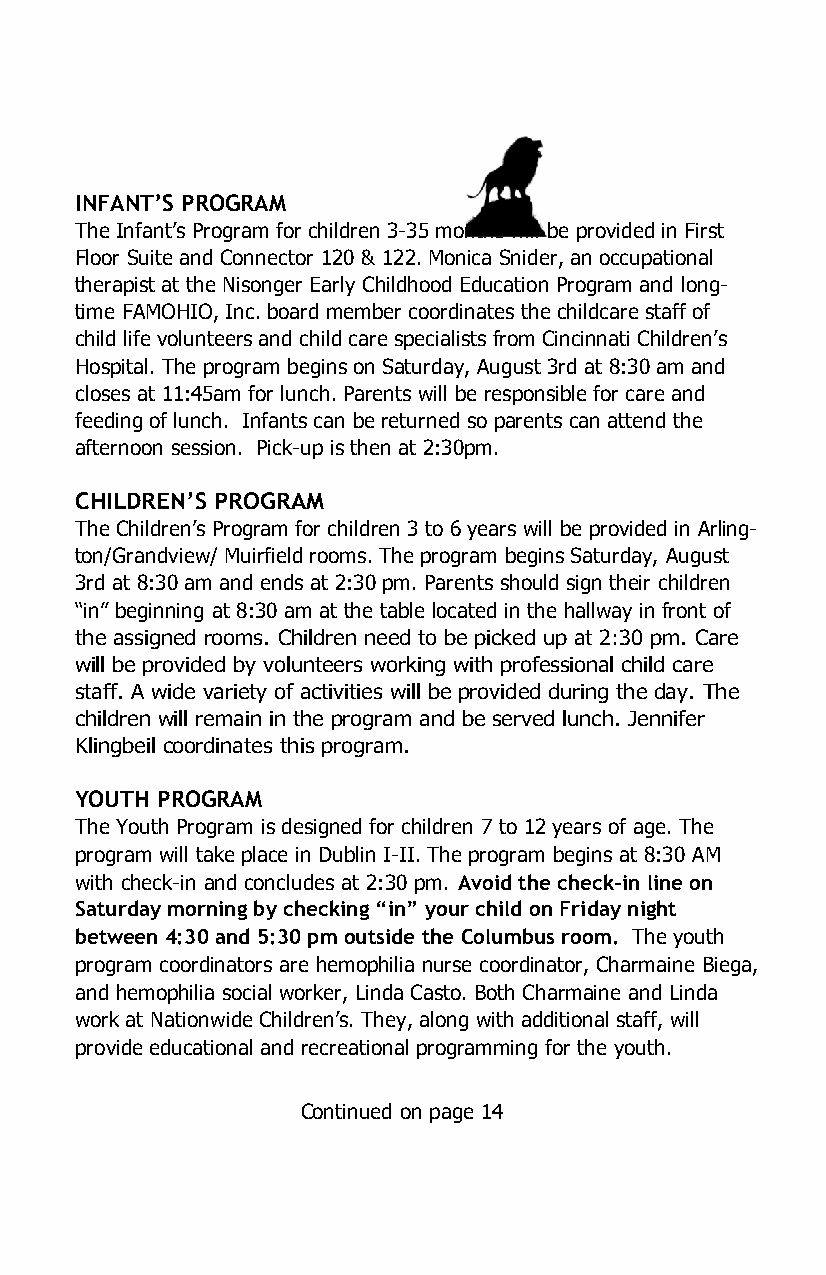
INFANT’S PROGRAM
 The Infant’s Program for children 3-35 months will be provided in First
 Floor Suite and Connector 120 & 122. Monica Snider, an occupational
 therapist at the Nisonger Early Childhood Education Program and long-
 time FAMOHIO, Inc. board member coordinates the childcare staff of
 child life volunteers and child care specialists from Cincinnati Children’s
 Hospital. The program begins on Saturday, August 3rd at 8:30 am and
 closes at 11:45am for lunch. Parents will be responsible for care and
 feeding of lunch. Infants can be returned so parents can attend the
 afternoon session. Pick-up is then at 2:30pm.
 CHILDREN’S PROGRAM
 The Children’s Program for children 3 to 6 years will be provided in Arling-
 ton/Grandview/ Muirfield rooms. The program begins Saturday, August
 3rd at 8:30 am and ends at 2:30 pm. Parents should sign their children
 “in” beginning at 8:30 am at the table located in the hallway in front of
 the assigned rooms. Children need to be picked up at 2:30 pm. Care
 will be provided by volunteers working with professional child care
 staff. A wide variety of activities will be provided during the day. The
 children will remain in the program and be served lunch. Jennifer
 Klingbeil coordinates this program.
 YOUTH PROGRAM
 The Youth Program is designed for children 7 to 12 years of age. The
 program will take place in Dublin I-II. The program begins at 8:30 AM
 with check-in and concludes at 2:30 pm. Avoid the check-in line on
 Saturday morning by checking “in” your child on Friday night
 between 4:30 and 5:30 pm outside the Columbus room. The youth
 program coordinators are hemophilia nurse coordinator, Charmaine Biega,
 and hemophilia social worker, Linda Casto. Both Charmaine and Linda
 work at Nationwide Children’s. They, along with additional staff, will
 provide educational and recreational programming for the youth.
 Continued on page 14